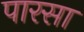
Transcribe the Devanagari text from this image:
पारसा